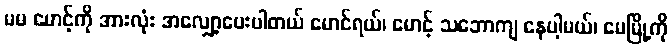
မမ မောင့်ကို အားလုံး အလျှော့ပေးပါတယ် မောင်ရယ်၊ မောင့် သဘောကျ နေပါ့မယ်၊ မေမြို့ကို